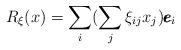
LaTeX: \begin{align*}R_{\xi}(x)=\sum_{i}(\sum_{j}\xi_{ij}x_{j})\pmb{e}_{i}\end{align*}